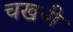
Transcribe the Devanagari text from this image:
चखनी